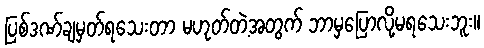
ပြစ်ဒဏ်ချမှတ်ရသေးတာ မဟုတ်တဲ့အတွက် ဘာမှပြောလို့မရသေးဘူး။